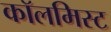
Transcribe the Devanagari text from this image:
कॉलमिस्ट